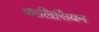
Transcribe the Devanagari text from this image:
काल्रिसियन